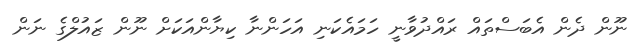
ނޫން ދެން އެބަސްތައް ރައްދުވާނީ ހަމައެކަނި އަހަންނާ ކިޔާންއަކަށް ނޫން ޒައުލްގެ ނަން